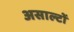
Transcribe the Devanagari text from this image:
असाल्टों